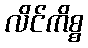
လိင်ကိစ္စ